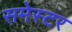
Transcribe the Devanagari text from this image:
समेस्टर